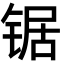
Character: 锯